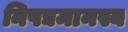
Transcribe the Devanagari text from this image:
निपद्यमानस्य